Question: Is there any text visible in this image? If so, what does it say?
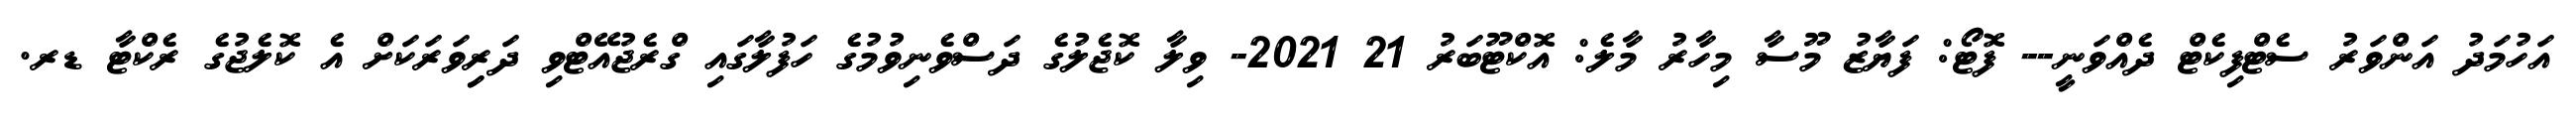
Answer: އަހުމަދު އަންވަރު ސެޓްފިކެޓް ދެއްވަނީ-- ފޮޓޯ: ފަޔާޒު މޫސާ މިހާރު މާލެ: އޮކްޓޫބަރު 21 2021- ވިލާ ކޮޖެލުގެ ދަސްވެނިވުމުގެ ހަފުލާގައި ގްރެޖުއޭޓްވި ދަރިިވަރަކަށް އެ ކޮލެޖުގެ ރެކްޓާ ޑރ.